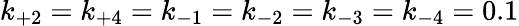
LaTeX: k_{+2}=k_{+4}=k_{-1}=k_{-2}=k_{-3}=k_{-4}=0.1